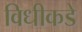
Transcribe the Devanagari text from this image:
विधीकडे